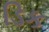
ડિક